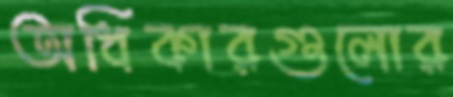
অধিকারগুলোর